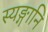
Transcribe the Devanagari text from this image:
स्यङ्गानि